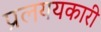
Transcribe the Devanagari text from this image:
प्रलययकारी